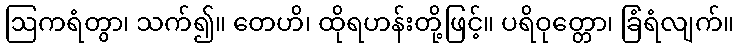
ဩကရံတွာ၊ သက်၍။ တေဟိ၊ ထိုရဟန်းတို့ဖြင့်။ ပရိဝုတ္တော၊ ခြံရံလျက်။